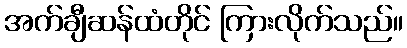
အက်ချီဆန်ထံတိုင် ကြားလိုက်သည်။